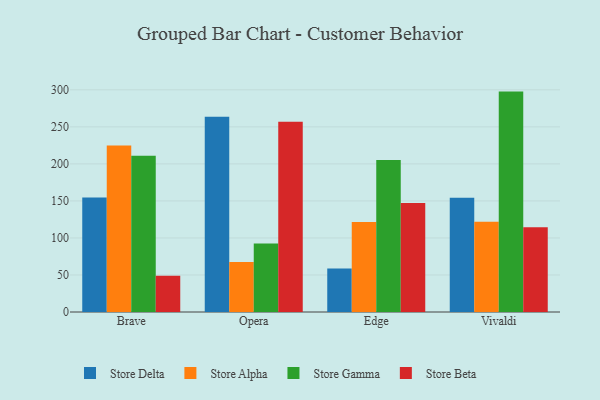
{"axis": {"x": "Browser", "y": "Operating Costs (USD K)"}, "legend": ["Store Alpha", "Store Beta", "Store Delta", "Store Gamma"], "data": [{"x": "Brave", "y": 154.5, "type": "Store Delta"}, {"x": "Brave", "y": 224.7, "type": "Store Alpha"}, {"x": "Brave", "y": 211.1, "type": "Store Gamma"}, {"x": "Brave", "y": 48.8, "type": "Store Beta"}, {"x": "Opera", "y": 263.7, "type": "Store Delta"}, {"x": "Opera", "y": 67.6, "type": "Store Alpha"}, {"x": "Opera", "y": 92.5, "type": "Store Gamma"}, {"x": "Opera", "y": 256.8, "type": "Store Beta"}, {"x": "Edge", "y": 58.8, "type": "Store Delta"}, {"x": "Edge", "y": 121.4, "type": "Store Alpha"}, {"x": "Edge", "y": 205.2, "type": "Store Gamma"}, {"x": "Edge", "y": 147.3, "type": "Store Beta"}, {"x": "Vivaldi", "y": 154.4, "type": "Store Delta"}, {"x": "Vivaldi", "y": 121.8, "type": "Store Alpha"}, {"x": "Vivaldi", "y": 297.6, "type": "Store Gamma"}, {"x": "Vivaldi", "y": 114.4, "type": "Store Beta"}]}